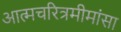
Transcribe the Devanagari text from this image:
अात्मचरित्रमीमांसा